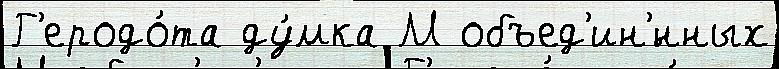
Г'еродо́та ду́мка М объед'ин'́нных